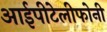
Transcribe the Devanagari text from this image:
आईपीटेलीफोनी